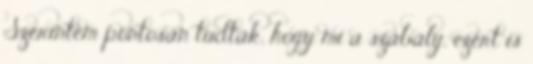
Szerintem pontosan tudták, hogy mi a szabály, ezért is